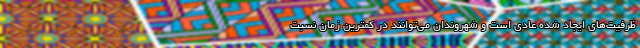
ظرفیت‌های ایجاد شده عادی است و شهروندان می‌توانند در کمترین زمان نسبت